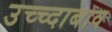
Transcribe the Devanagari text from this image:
उच्च्दाबाव